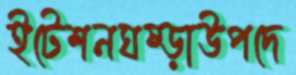
ইটেশনঘষ্‌ড়াউপদে